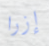
إزرا